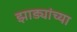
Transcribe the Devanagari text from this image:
झाड्यांच्या